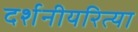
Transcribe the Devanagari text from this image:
दर्शनीयरित्या